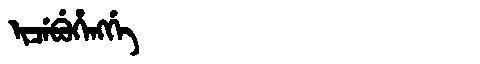
Manchu: ᡳᠴᡝᠪᡠᡥᡝᠩᡤᡝ
Romanization: ICEBUHENGGE